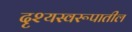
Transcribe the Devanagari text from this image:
दृश्यस्वरूपातील